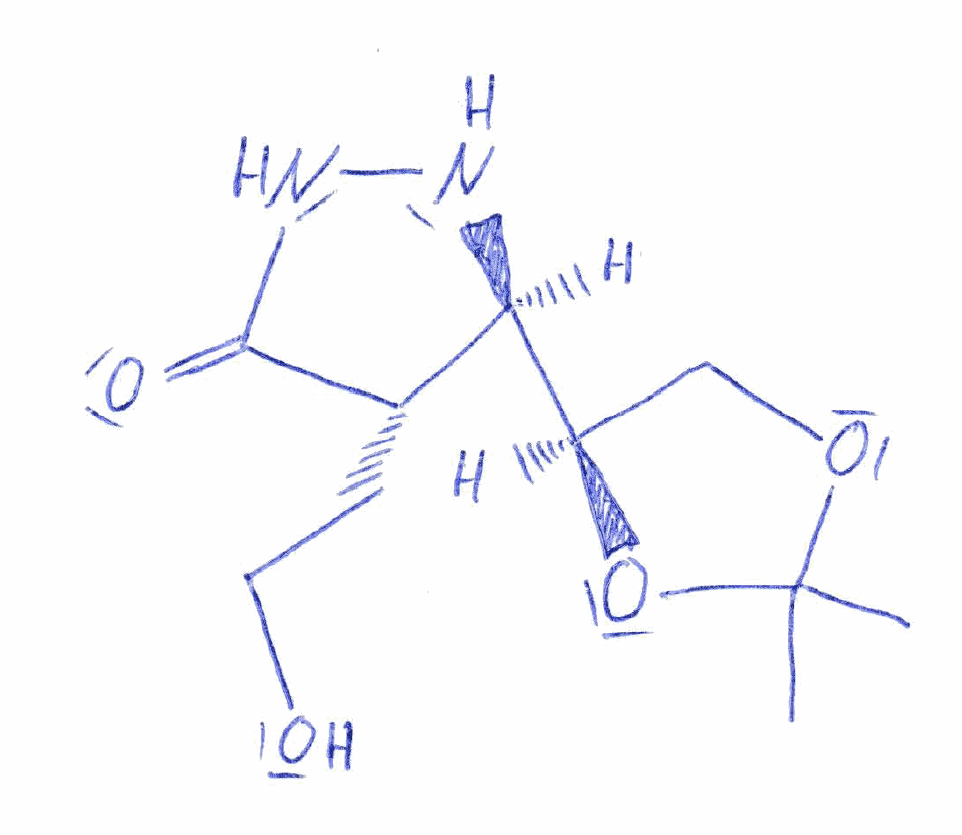
Simplified molecular-input line-entry system (SMILES) notation of the given molecule:
CC1(OC[C@@H](O1)[C@H]2[C@@H](C(=O)NN2)CCO)C